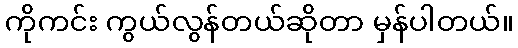
ကိုကင်း ကွယ်လွန်တယ်ဆိုတာ မှန်ပါတယ်။